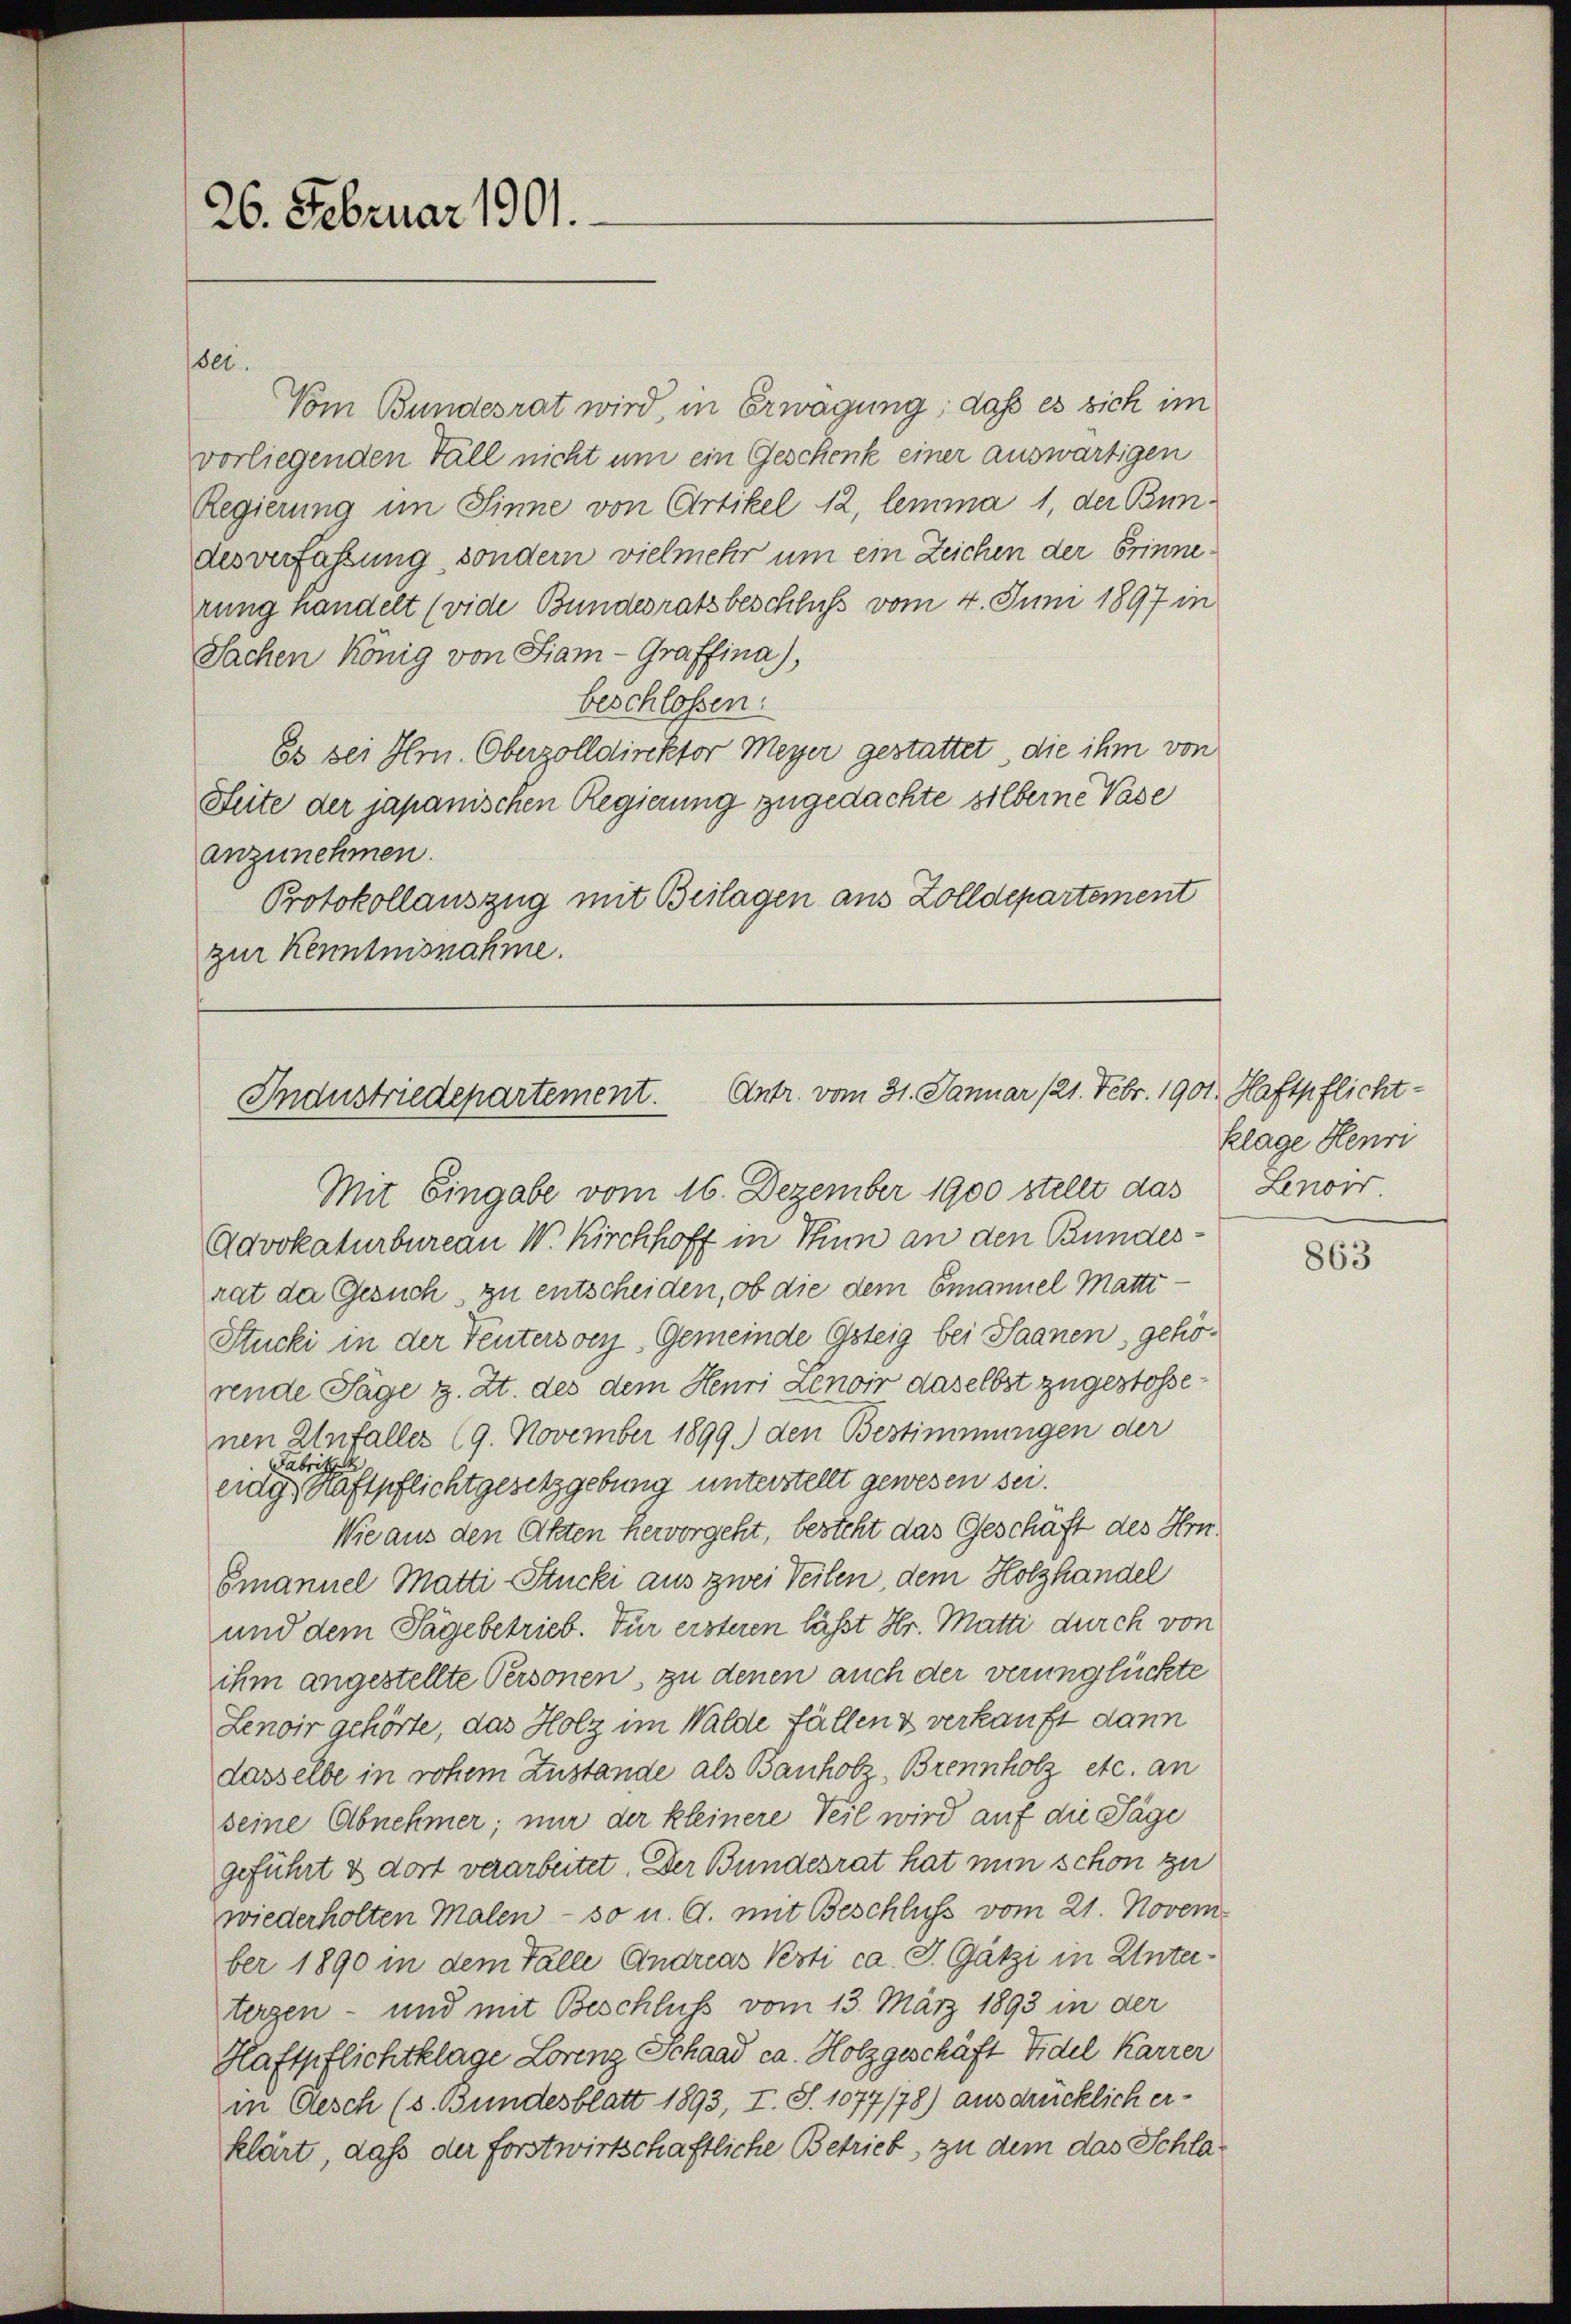
26. Februar 1901.

Vom Bundesrat wird, in Erwägung; daß es sich im
vorliegenden Fall nicht um ein Geschenk einer auswärtigen
Regierung im Sinne von Artikel 12, lemma 1, der Bundesverfassung, sondern vielmehr um ein Zeichen der Erinnerung handelt (vide Bundesratsbeschluss vom 4. Juni 1897 in
Sachen könig von Fiam - Graffina),
beschlossen:
Es sei Hrn. Oberzolldirektor Meyer gestattet, die ihm von
Seite der japanischen Regierung zugedachte silberne Vase
anzunehmen.
Protokollauszug mit Beilagen aus Zolldepartement
zur Kenntnisnahme.

sei.

Antr. vom 31. Januar 121. Febr. 1901 Haftpflicht-
Industriedepartement.
Mit Eingabe vom 16. Dezember 1900 stellt das

Advokaturbureau W. Kirchhoff in Thun an den Bundesrat da Gesuch, zu entscheiden, ob die dem Emanuel Matti
Stucki in der Teutersver, Gemeinde Gsteig bei Saanen, gehörende Säge z. Zt. des dem Heuri Zenoir daselbst zugestossenen Unfalles (9. November 1899.) den Bestimmungen der
Fabrikzek
eidg, Haftpflichtgesetzgebung unterstellt gewesen sei.
Wie aus den Akten hervorgeht, besteht das Geschaft des Hrn.
Emanuel Matti-Stucki aus zwei Teilen, dem Holzhandel
und dem Tage betrieb. Für ersteren lässt Hr. Matti durch von
ihm angestellte Personen, zu denen auch der verunglückte
Lenoir gehörte, das Holz im Walde fällen & verkauft dann
dasselbe in rohem Zustande als Bauholz, Brennholz etc. an
seine Abnehmer; nur der kleinere Teil wird auf die Tage
geführt & dort verarbeitet. Der Bundesrat hat nun schon zu
wiederholten Malen - so u. a. mit Beschluss vom 21. Novem
ber 1890 in dem Falle Andreas Vesti ca. J. Gätzi in Unterterzen – und mit Beschluss vom 13. März 1893 in der
Haftpflichtklage Lorenz Schaad ca. Holzgeschäft Fidel Karrer
in Gesch (s. Bundesblatt 1893, I. S. 1077/78) ausdrücklich erklärt, daß der forstwirtschaftliche Betrieb, zu dem das Schla¬

klage Henri
Lenoir.

863